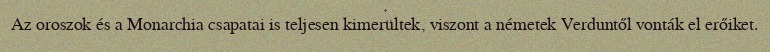
Az oroszok és a Monarchia csapatai is teljesen kimerültek, viszont a németek Verduntől vonták el erőiket.